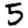
Digit: 5